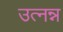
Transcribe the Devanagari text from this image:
उत्नन्न